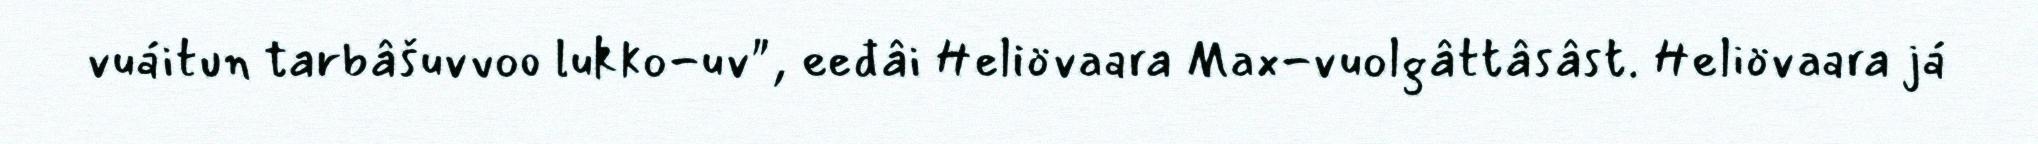
vuáitun tarbâšuvvoo lukko-uv", eeđâi Heliövaara Max-vuolgâttâsâst. Heliövaara já